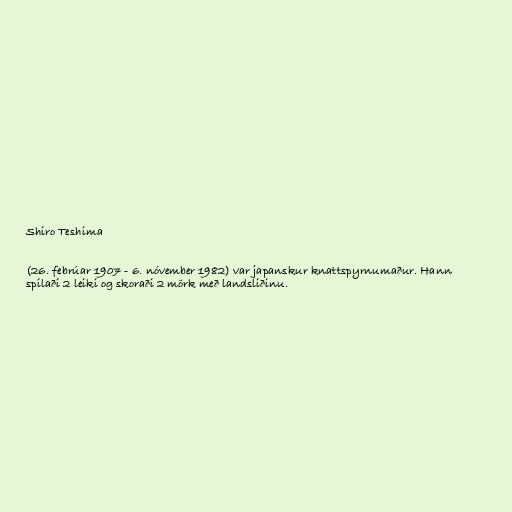
Shiro Teshima

(26. febrúar 1907 - 6. nóvember 1982) var japanskur knattspyrnumaður. Hann
spilaði 2 leiki og skoraði 2 mörk með landsliðinu.